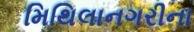
મિથિલાનગરીના